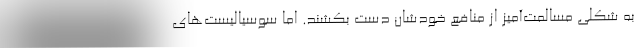
به شکلی مسالمت‌آمیز از منافع خودشان دست بکشند. اما سوسیالیست‌های